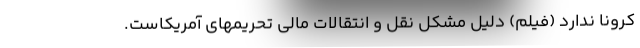
کرونا ندارد (فیلم) دلیل مشکلِ نقل و انتقالات مالی تحریمهای آمریکاست.